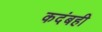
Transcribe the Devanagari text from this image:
कदंबही